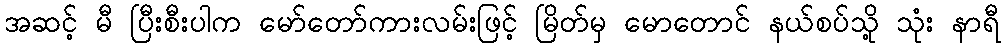
အဆင့် မီ ပြီးစီးပါက မော်တော်ကားလမ်းဖြင့် မြိတ်မှ မောတောင် နယ်စပ်သို့ သုံး နာရီ